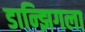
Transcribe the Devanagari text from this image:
डान्झिगला